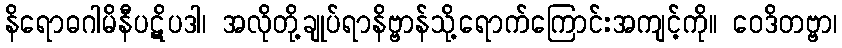
နိရောဓဂါမိနီပဋိပဒါ၊ အလိုတို့ချုပ်ရာနိဗ္ဗာန်သို့ရောက်ကြောင်းအကျင့်ကို။ ဝေဒိတဗ္ဗာ၊